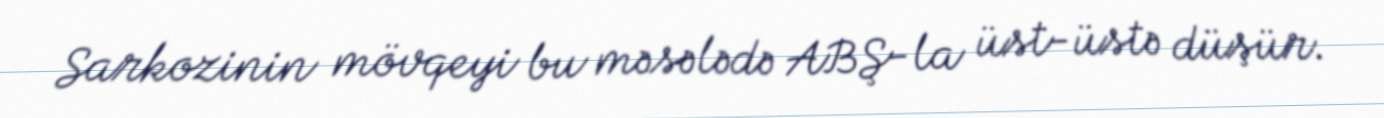
Sarkozinin mövqeyi bu məsələdə ABŞ-la üst-üstə düşür.